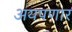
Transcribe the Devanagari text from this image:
अयपणार